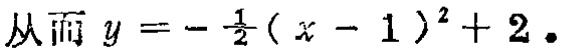
从而 \(y = -\frac{1}{2}(x - 1)^2 + 2\).